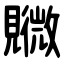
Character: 覹